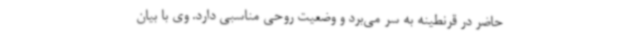
حاضر در قرنطینه به سر می‌برد و وضعیت روحی مناسبی دارد. وی با بیان